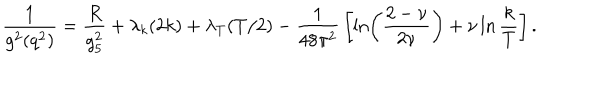
LaTeX: { \frac { 1 } { g ^ { 2 } ( q ^ { 2 } ) } } = { \frac { R } { g _ { 5 } ^ { 2 } } } + \lambda _ { k } ( 2 k ) + \lambda _ { T } ( T / 2 ) - { \frac { 1 } { 4 8 \pi ^ { 2 } } } \left[ \ln \left( { \frac { 2 - \nu } { 2 \nu } } \right) + \nu \ln { \frac { k } { T } } \right] .